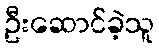
ဦးဆောင်ခဲ့သူ